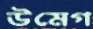
উমেগ